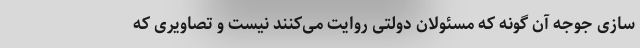
سازی جوجه آن گونه که مسئولان دولتی روایت می‌کنند نیست و تصاویری که